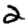
Digit: 2